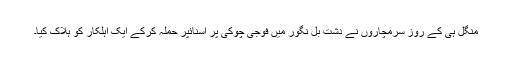
منگل ہی کے روز سرمچاروں نے دشت بل نگور میں فوجی چوکی پر اسنائپر حملہ کرکے ایک اہلکار کو ہلاک کیا۔